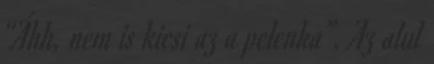
“Áhh, nem is kicsi az a pelenka”. Az alul